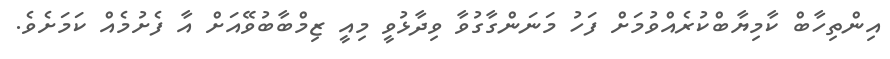
އިންތިހާބް ކާމިޔާބްކުރެއްވުމަށް ފަހު މަނަންގާގުވާ ވިދާޅުވީ މިއީ ޒިމްބާބުވޭއަށް އާ ފެށުމެއް ކަމަށެވެ.